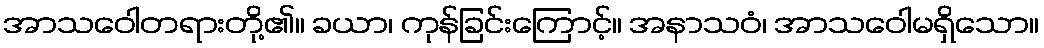
အာသဝေါတရားတို့၏။ ခယာ၊ ကုန်ခြင်းကြောင့်။ အနာသဝံ၊ အာသဝေါမရှိသော။